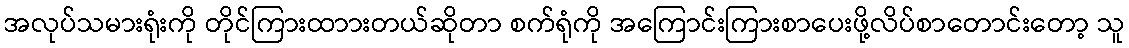
အလုပ်သမားရုံးကို တိုင်ကြားထာားတယ်ဆိုတာ စက်ရုံကို အကြောင်းကြားစာပေးဖို့လိပ်စာတောင်းတော့ သူ